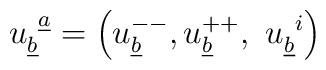
u^{~\underline a}_{\underline b}=\left(u^{--}_{\underline b},u^{++}_{\underline b},~u^{~i}_{\underline b}\right)